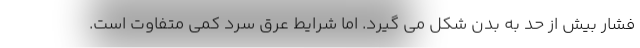
فشار بیش از حد به بدن شکل می گیرد. اما شرایط عرق سرد کمی متفاوت است.